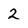
Character: 2